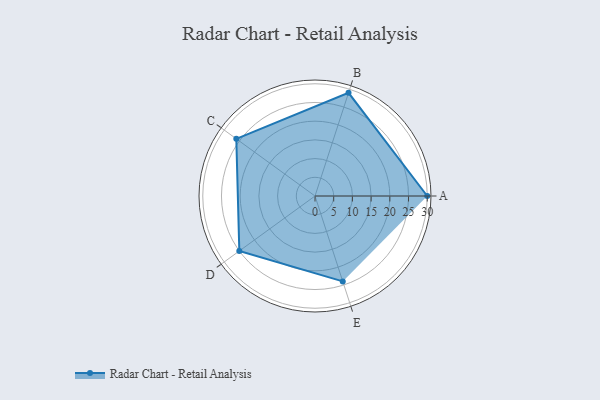
{"axis": {"x": "Skill", "y": "Score"}, "legend": ["Profile"], "data": [{"x": "A", "y": 30.0, "type": "Profile"}, {"x": "B", "y": 29.0, "type": "Profile"}, {"x": "C", "y": 26.0, "type": "Profile"}, {"x": "D", "y": 25.0, "type": "Profile"}, {"x": "E", "y": 24.0, "type": "Profile"}]}